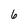
Character: 6